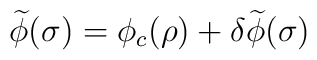
\widetilde{\phi}(\sigma) = \phi_c(\rho) + \delta \widetilde{\phi}(\sigma)